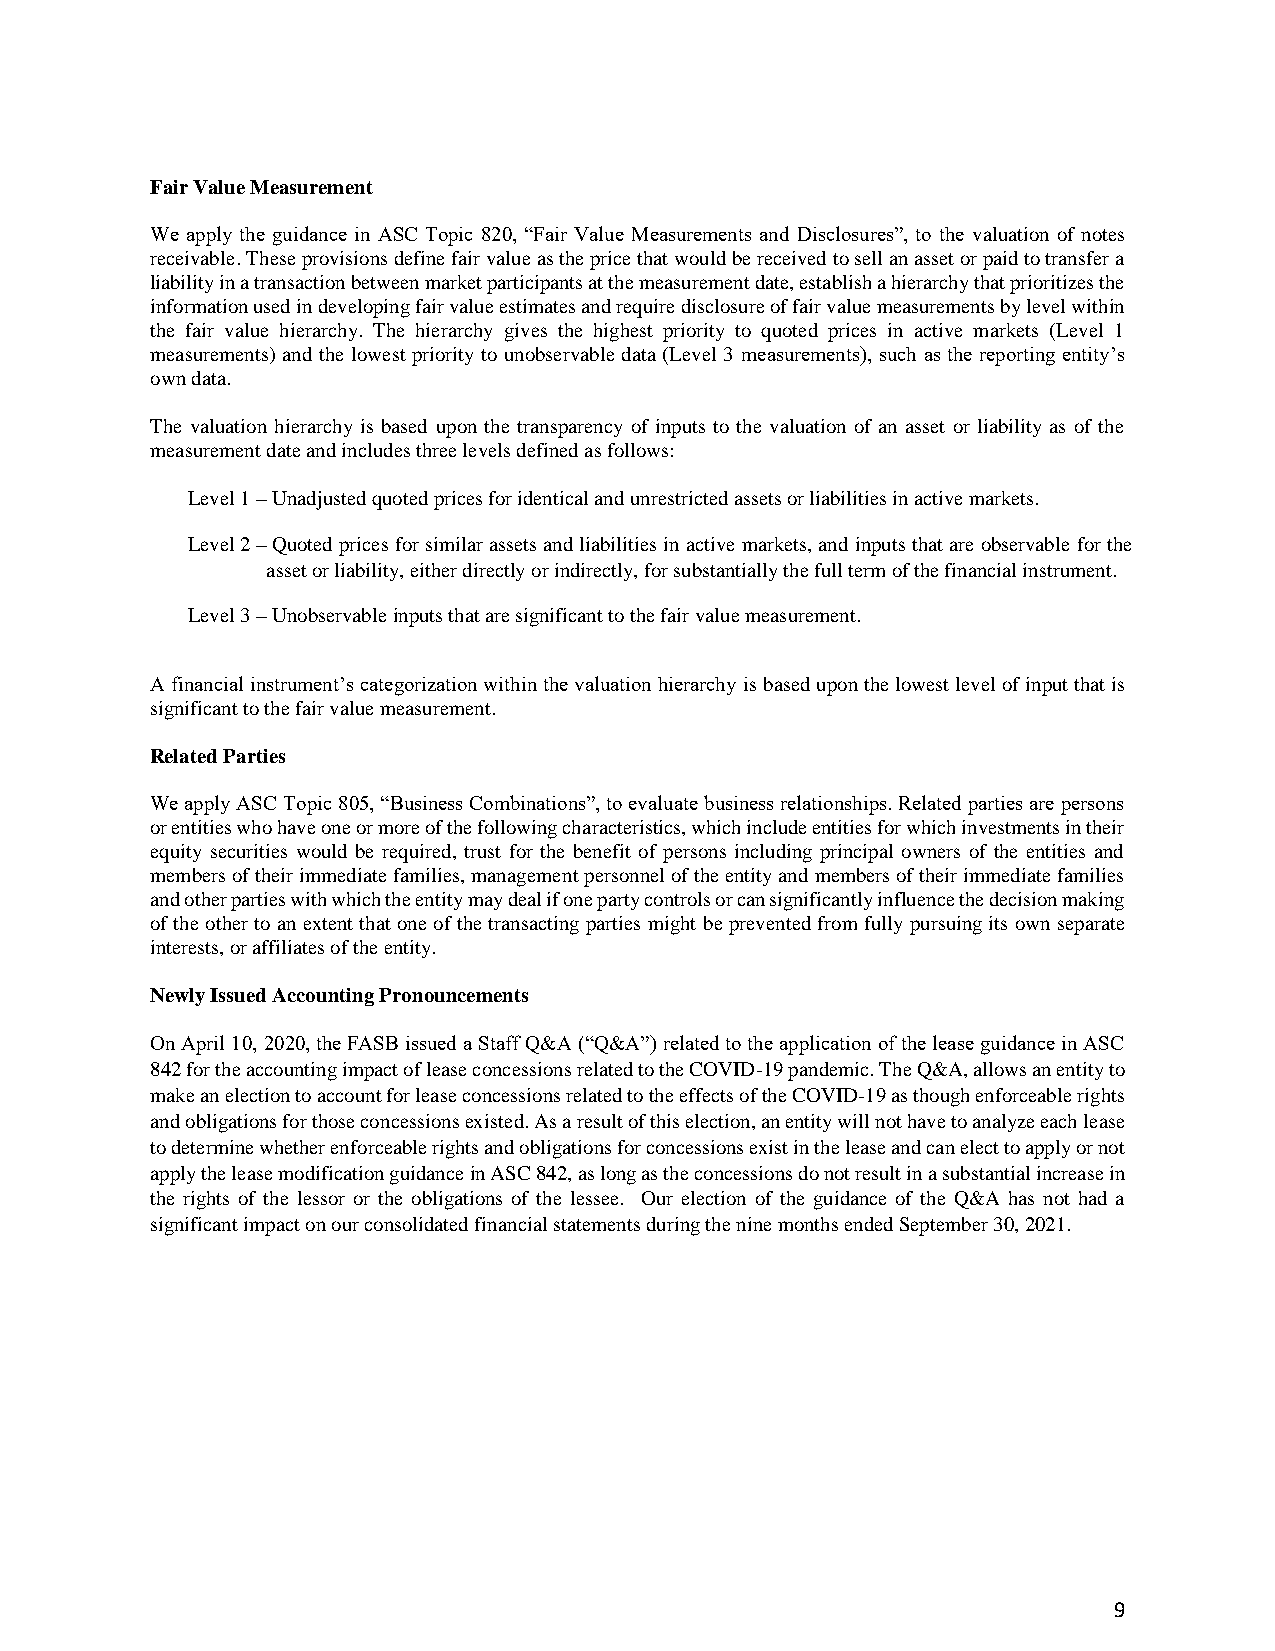
Fair Value Measurement
 We apply the guidance in ASC Topic 820, “Fair Value Measurements and Disclosures”, to the valuation of notes
 receivable. These provisions define fair value as the price that would be received to sell an asset or paid to transfer a
 liability in a transaction between market participants at the measurement date, establish a hierarchy that prioritizes the
 information used in developing fair value estimates and require disclosure of fair value measurements by level within
 the fair value hierarchy. The hierarchy gives the highest priority to quoted prices in active markets (Level 1
 measurements) and the lowest priority to unobservable data (Level 3 measurements), such as the reporting entity’s
 own data.
 The valuation hierarchy is based upon the transparency of inputs to the valuation of an asset or liability as of the
 measurement date and includes three levels defined as follows:
 Level 1 – Unadjusted quoted prices for identical and unrestricted assets or liabilities in active markets.
 Level 2 – Quoted prices for similar assets and liabilities in active markets, and inputs that are observable for the
 asset or liability, either directly or indirectly, for substantially the full term of the financial instrument.
 Level 3 – Unobservable inputs that are significant to the fair value measurement.
 A financial instrument’s categorization within the valuation hierarchy is based upon the lowest level of input that is
 significant to the fair value measurement.
 Related Parties
 We apply ASC Topic 805, “Business Combinations”, to evaluate business relationships. Related parties are persons
 or entities who have one or more of the following characteristics, which include entities for which investments in their
 equity securities would be required, trust for the benefit of persons including principal owners of the entities and
 members of their immediate families, management personnel of the entity and members of their immediate families
 and other parties with which the entity may deal if one party controls or can significantly influence the decision making
 of the other to an extent that one of the transacting parties might be prevented from fully pursuing its own separate
 interests, or affiliates of the entity.
 Newly Issued Accounting Pronouncements
 On April 10, 2020, the FASB issued a Staff Q&A (“Q&A”) related to the application of the lease guidance in ASC
 842 for the accounting impact of lease concessions related to the COVID-19 pandemic. The Q&A, allows an entity to
 make an election to account for lease concessions related to the effects of the COVID-19 as though enforceable rights
 and obligations for those concessions existed. As a result of this election, an entity will not have to analyze each lease
 to determine whether enforceable rights and obligations for concessions exist in the lease and can elect to apply or not
 apply the lease modification guidance in ASC 842, as long as the concessions do not result in a substantial increase in
 the rights of the lessor or the obligations of the lessee. Our election of the guidance of the Q&A has not had a
 significant impact on our consolidated financial statements during the nine months ended September 30, 2021.
 9